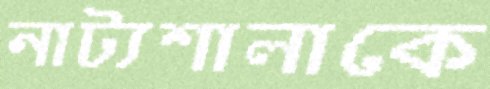
নাট্যশালাকে